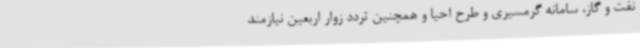
نفت و گاز، سامانه گرمسیری و طرح احیا و همچنین تردد زوار اربعین نیازمند